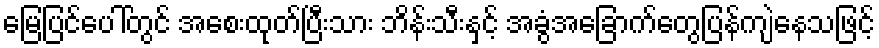
မြေပြင်ပေါ်တွင် အစေးထုတ်ပြီးသား ဘိန်းသီးနှင့် အခွံအခြောက်တွေပြန်ကျဲနေသဖြင့်